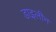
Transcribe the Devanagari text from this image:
डाइलीन